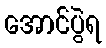
အောင်ပွဲရ